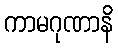
ကာမဂုဏာနိ